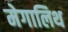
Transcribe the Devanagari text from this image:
मेगालिथ